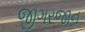
જીગરજાન